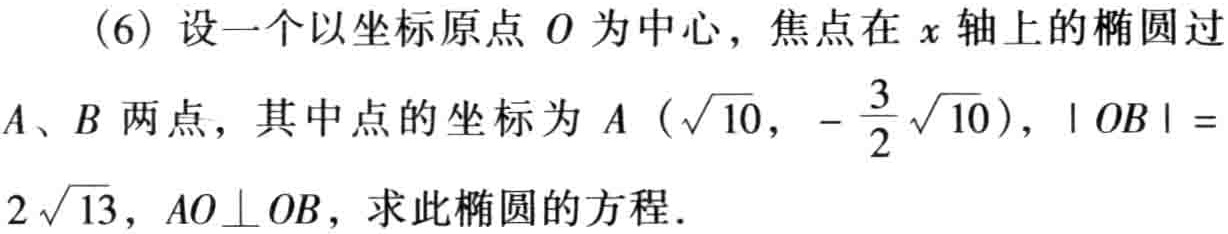
(6) 设一个以坐标原点 \(O\) 为中心，焦点在 \(x\) 轴上的椭圆过 \(A\)、\(B\) 两点，其中点的坐标为 \(A\left(\sqrt{10},-\frac{3}{2}\sqrt{10}\right)\)，\(\vert OB\vert = 2\sqrt{13}\)，\(AO\perp OB\)，求此椭圆的方程．